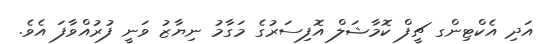
އަދި އެކްޓިންގ ޗީފް ކޮމާޝަލް އޮފިސަރުގެ މަގާމު ނިޔާޒު ވަނީ ފުރުއްވާފަ އެވެ.